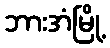
ဘားအံမြို့